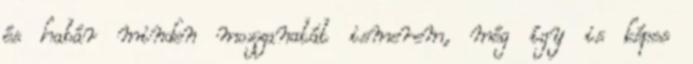
és habár minden mozzanatát ismerem, még így is képes